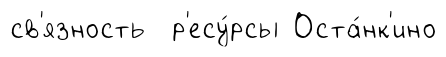
св'язность р'есу́рсы Оста́нк'ино